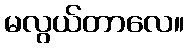
မလွယ်တာလေ။